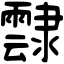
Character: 霴